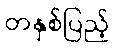
တနှစ်ပြည့်